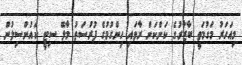
މިއަހަރު މަގުމަތީ ބާޒާރުގެ ކަންކަން ރާވައި ހިންގުމުގެ ފުރުސަތު މާލޭ ސިޓީ ކައުންސިލުން